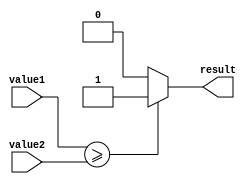
module greater_than_or_equal(
    input signed [31:0] value1,
    input signed [31:0] value2,
    output reg result
);

// Comparator logic
always @(*)
begin
    if (value1 >= value2)
        result = 1;
    else
        result = 0;
end

endmodule